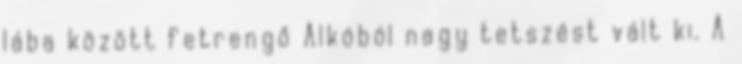
lába között fetrengő Alkóból nagy tetszést vált ki. A